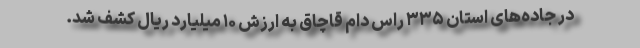
در جاده‌های استان ۳۳۵ راس دام قاچاق به ارزش ۱۰ میلیارد ریال کشف شد.